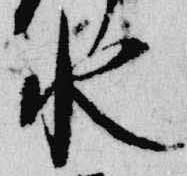
水